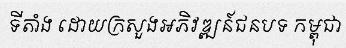
ទីតាំង ដោយក្រសួងអភិវឌ្ឍន៍ជនបទ កម្ពុជា